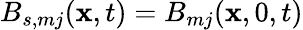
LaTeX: B_{s,mj}(\mathbf{x},t)=B_{mj}(\mathbf{x},0,t)